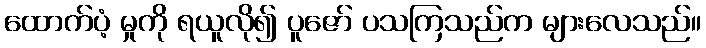
ထောက်ပံ့ မှုကို ရယူလို၍ ပူဇော် ပသကြသည်က များလေသည်။